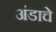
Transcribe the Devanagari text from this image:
अंडाचे